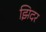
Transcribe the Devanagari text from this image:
झिदर